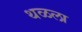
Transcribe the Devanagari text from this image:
थळला